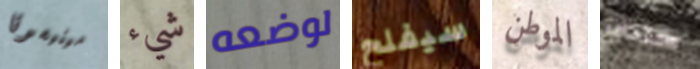
مينيسوتا شيء لوضعه سيفلح الموطن صادف